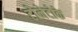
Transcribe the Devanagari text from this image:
टोनेटोके